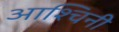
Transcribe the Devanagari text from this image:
आश्चिनी